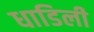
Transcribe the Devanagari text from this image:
धाडिली